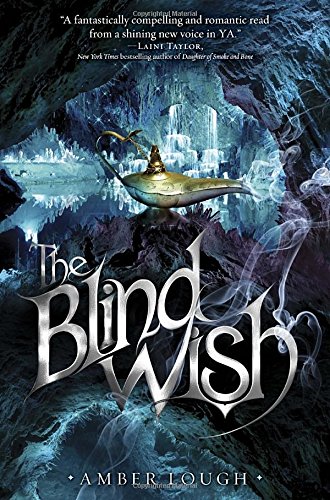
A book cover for The Blind Wish (Jinni Wars); Amber Lough; Teen & Young Adult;